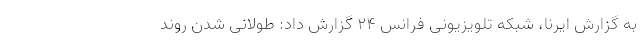
به گزارش ایرنا، شبکه تلویزیونی فرانس ۲۴ گزارش داد: طولانی شدن روند